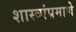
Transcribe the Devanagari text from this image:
शास्त्रांप्रमाणे